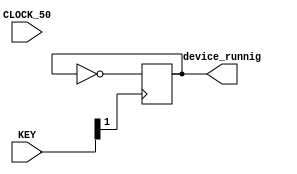
module lab5_3(
	input CLOCK_50,
	input [1:0] KEY,
	output reg device_runnig
);


always @(negedge KEY[1]) begin
	device_runnig <= ~device_runnig;
end
endmodule